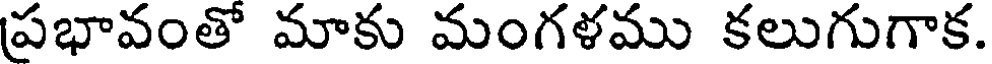
ప్రభావంతో మాకు మంగళము కలుగుగాక.